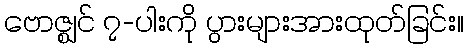
ဗောဇ္ဈင် ၇-ပါးကို ပွားများအားထုတ်ခြင်း။